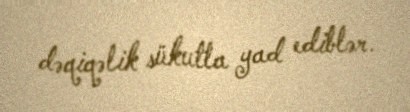
dəqiqəlik sükutla yad ediblər.